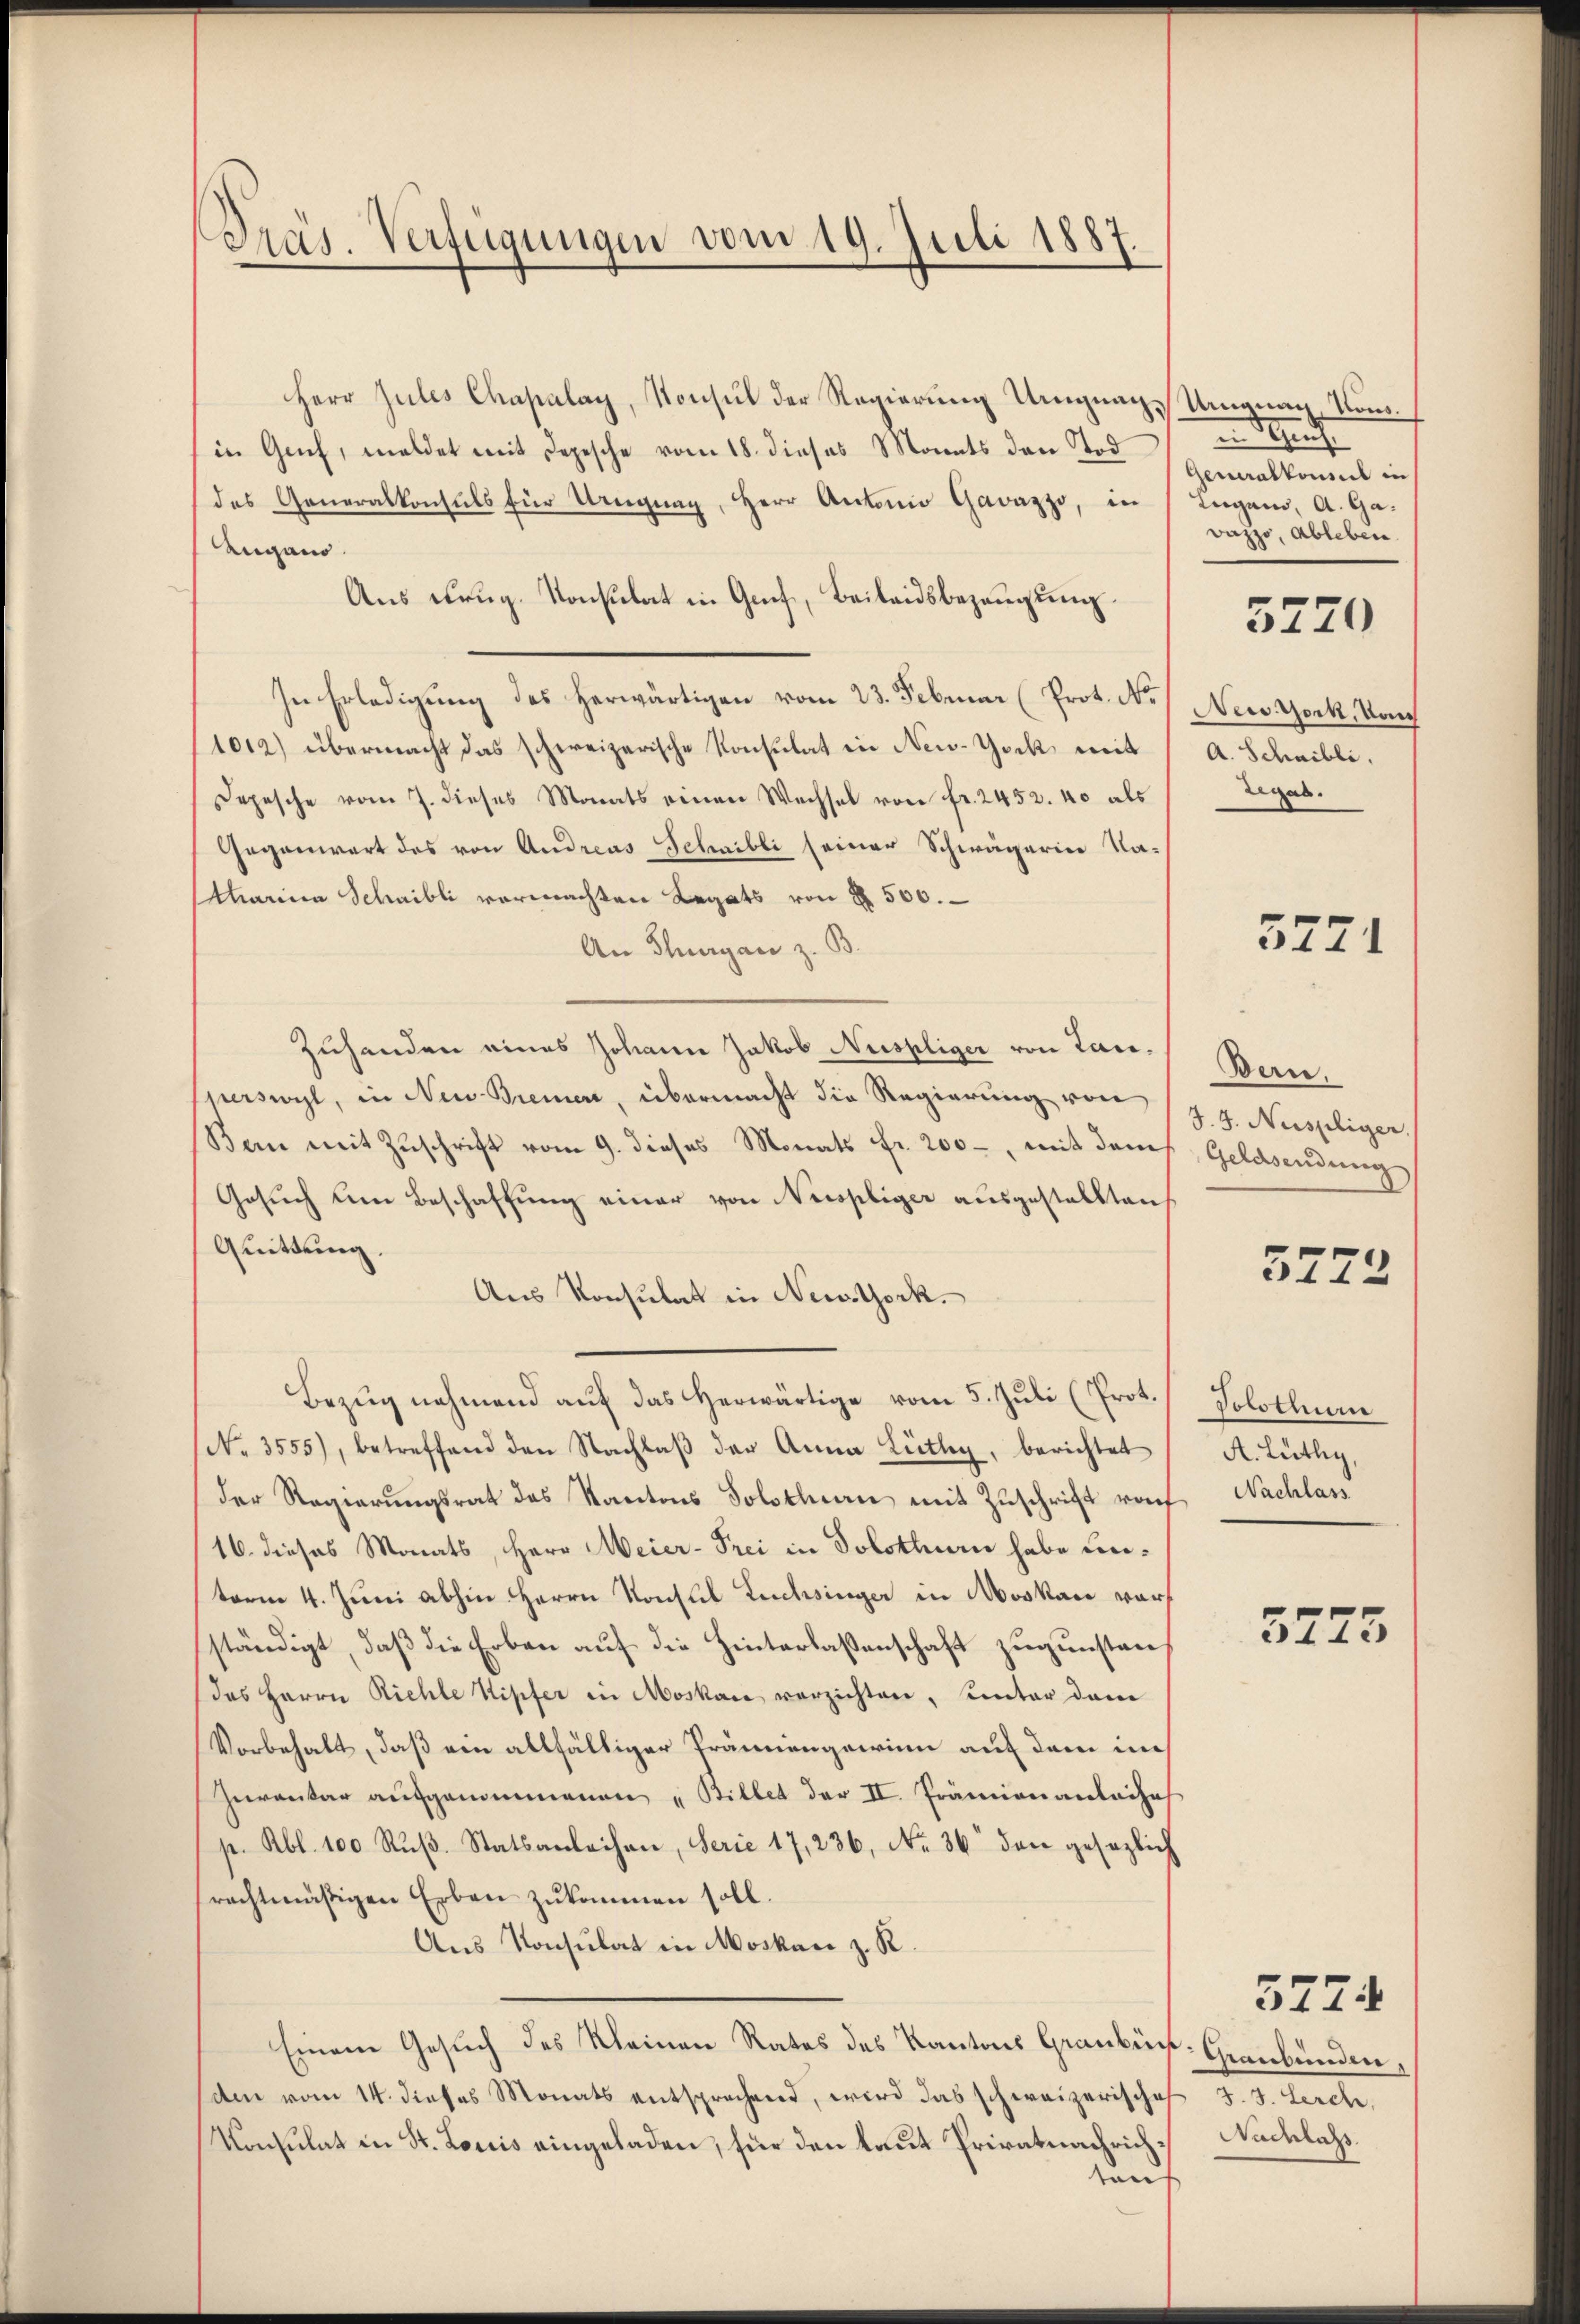
Präs. Verfügungen vom 19. Juli 1887

Herr Jules Chapalay, Konsul der Regierung Ungnag-Ungnag, Kons.
in Genf, meldet mit Depesche vom 18. dieses Monats den Tod
des Generalkonsuls für Uregŭng, Herr Antoni Gavazzo, in Lugano, A. Ga-
Augano.
Aus Krug. Konsulat in Genf, Beilandsbezeugung
In Erledigŭng des herwärtigen vom 23. Februar (Prot. N. / New York, Nach
1012) übermacht das schweizerische Konsulat in New-York mit A. Schaibli,
Depesche vom 7. dieses Monats einen Wechsel von Fr. 2452. 40 als
Gegenwart des von Andreas Schaibli seiner Schwägerin Na-
tharina Schaibli vermachten Legats von § 500.
An Thurgau z. B.
Zuhanden eines Johann Jakob Nuspliger von Lansperswyl, in Neu Bremen, übermacht die Regierung von
Ban mit Zuschrift vom 9. dieses Monats fr. 200 -, mit dem
Gesuch um Beschaffung einer von Nerspliger ausgestellten
Quittung,
Aus Konsulat in Newtork.
Bezug nehmend auf das herwärtige vom 5. Juli (Prot.
(No. 3555), betreffend den Nachlaβ der Anna Lüthy, berichtet
der Regierungsrat des Kantons Solothurn mit Zuschrift rof Nachlass
16. dieses Monats, Herr Meier-Frei in Solothurn habe Leiterm 4. Juni abhin Herrn Konflik Luchsinger in Moskau war
ständigt, daß die Erben auf die Hinterlassenschaft zugunsten,
des Herrn Riehle Nipfer in Moskau verzichten, unter dem
Vorbehalt, daß ein allfälliger Prämiengewinn auf dem in
Juventar aufgenommenen „Billet der II. Prämien anleihe
p. Rbl. 100 Rŭβ. Statsanleihen, Serie 17, 236, No 36 den gesezlich
rechtmäßigen Erben zukommen soll.
Aus Konsulat in Moskau z. R.
Einen Gesuch des Kleinen Rates des Kantons Graubün-Graubünden,
den vom 14. dieses Monats entsprechend, wird das schweizerische J. J. Lerch,
Konsulat in St. Loriis eingeladen, für den laut Privatnachrichran

en Schrif
Generalkonsul in
Dazzo, Ableben.

5770

Begab.

5771

Dan.
J. J. Nuspliger.
Geldsendung

5222

Votstue
A. Lüthy,

5775

Nachlass

3774